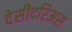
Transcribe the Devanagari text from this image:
देसीदरिअस